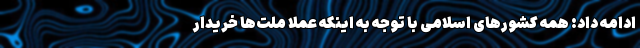
ادامه داد: همه کشورهای اسلامی با توجه به اینکه عملا ملت‌ها خریدار